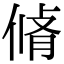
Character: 𠋛